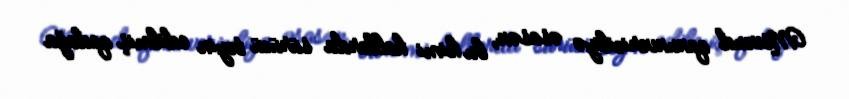
Mövcud qanunvericiliyə əsasən, bu kimi hallarda sürücü təyin edilmiş qadağa